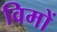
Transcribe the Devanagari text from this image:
विमों